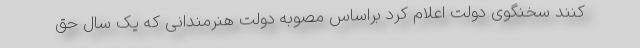
کنند سخنگوی دولت اعلام کرد براساس مصوبه دولت هنرمندانی که یک سال حق